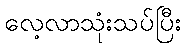
လေ့လာသုံးသပ်ပြီး